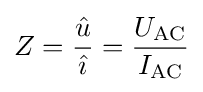
Z={\frac {\hat {u}}{\hat {\imath }}}={\frac {U_{\mathrm {AC} }}{I_{\mathrm {AC} }}}